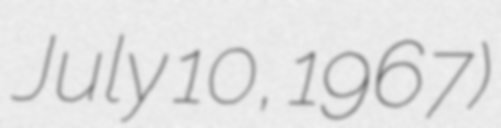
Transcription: July 10, 1967)